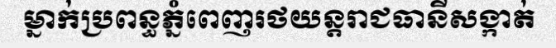
ម្នាក់ប្រពន្ធភ្នំពេញរថយន្តរាជធានីសង្កាត់